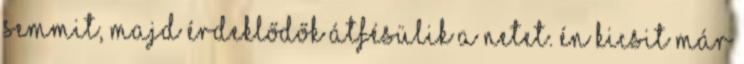
semmit, majd érdeklődők átfésülik a netet. Én kicsit már